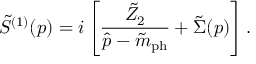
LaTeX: \tilde { S } ^ { ( 1 ) } ( p ) = i \left[ \frac { \tilde { Z } _ { 2 } } { \hat { p } - \tilde { m } _ { \mathrm { p h } } } + \tilde { \Sigma } ( p ) \right] .